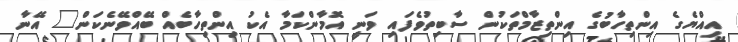
އިއްޔެގެ އިންތިހާބުގެ އިންތިޒާމްތަކުން ސާބިތުވެފައި ވަނީ އޮމާންކަމާ އެކު އިންތިހާބެއް ބޭއްވޭނެކަން" އޭނާ